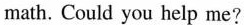
math. Could you help me?